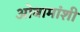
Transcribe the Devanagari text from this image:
ओबामांशी